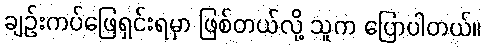
ချဉ်းကပ်ဖြေရှင်းရမှာ ဖြစ်တယ်လို့ သူက ပြောပါတယ်။